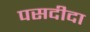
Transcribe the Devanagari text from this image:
पसदीदा